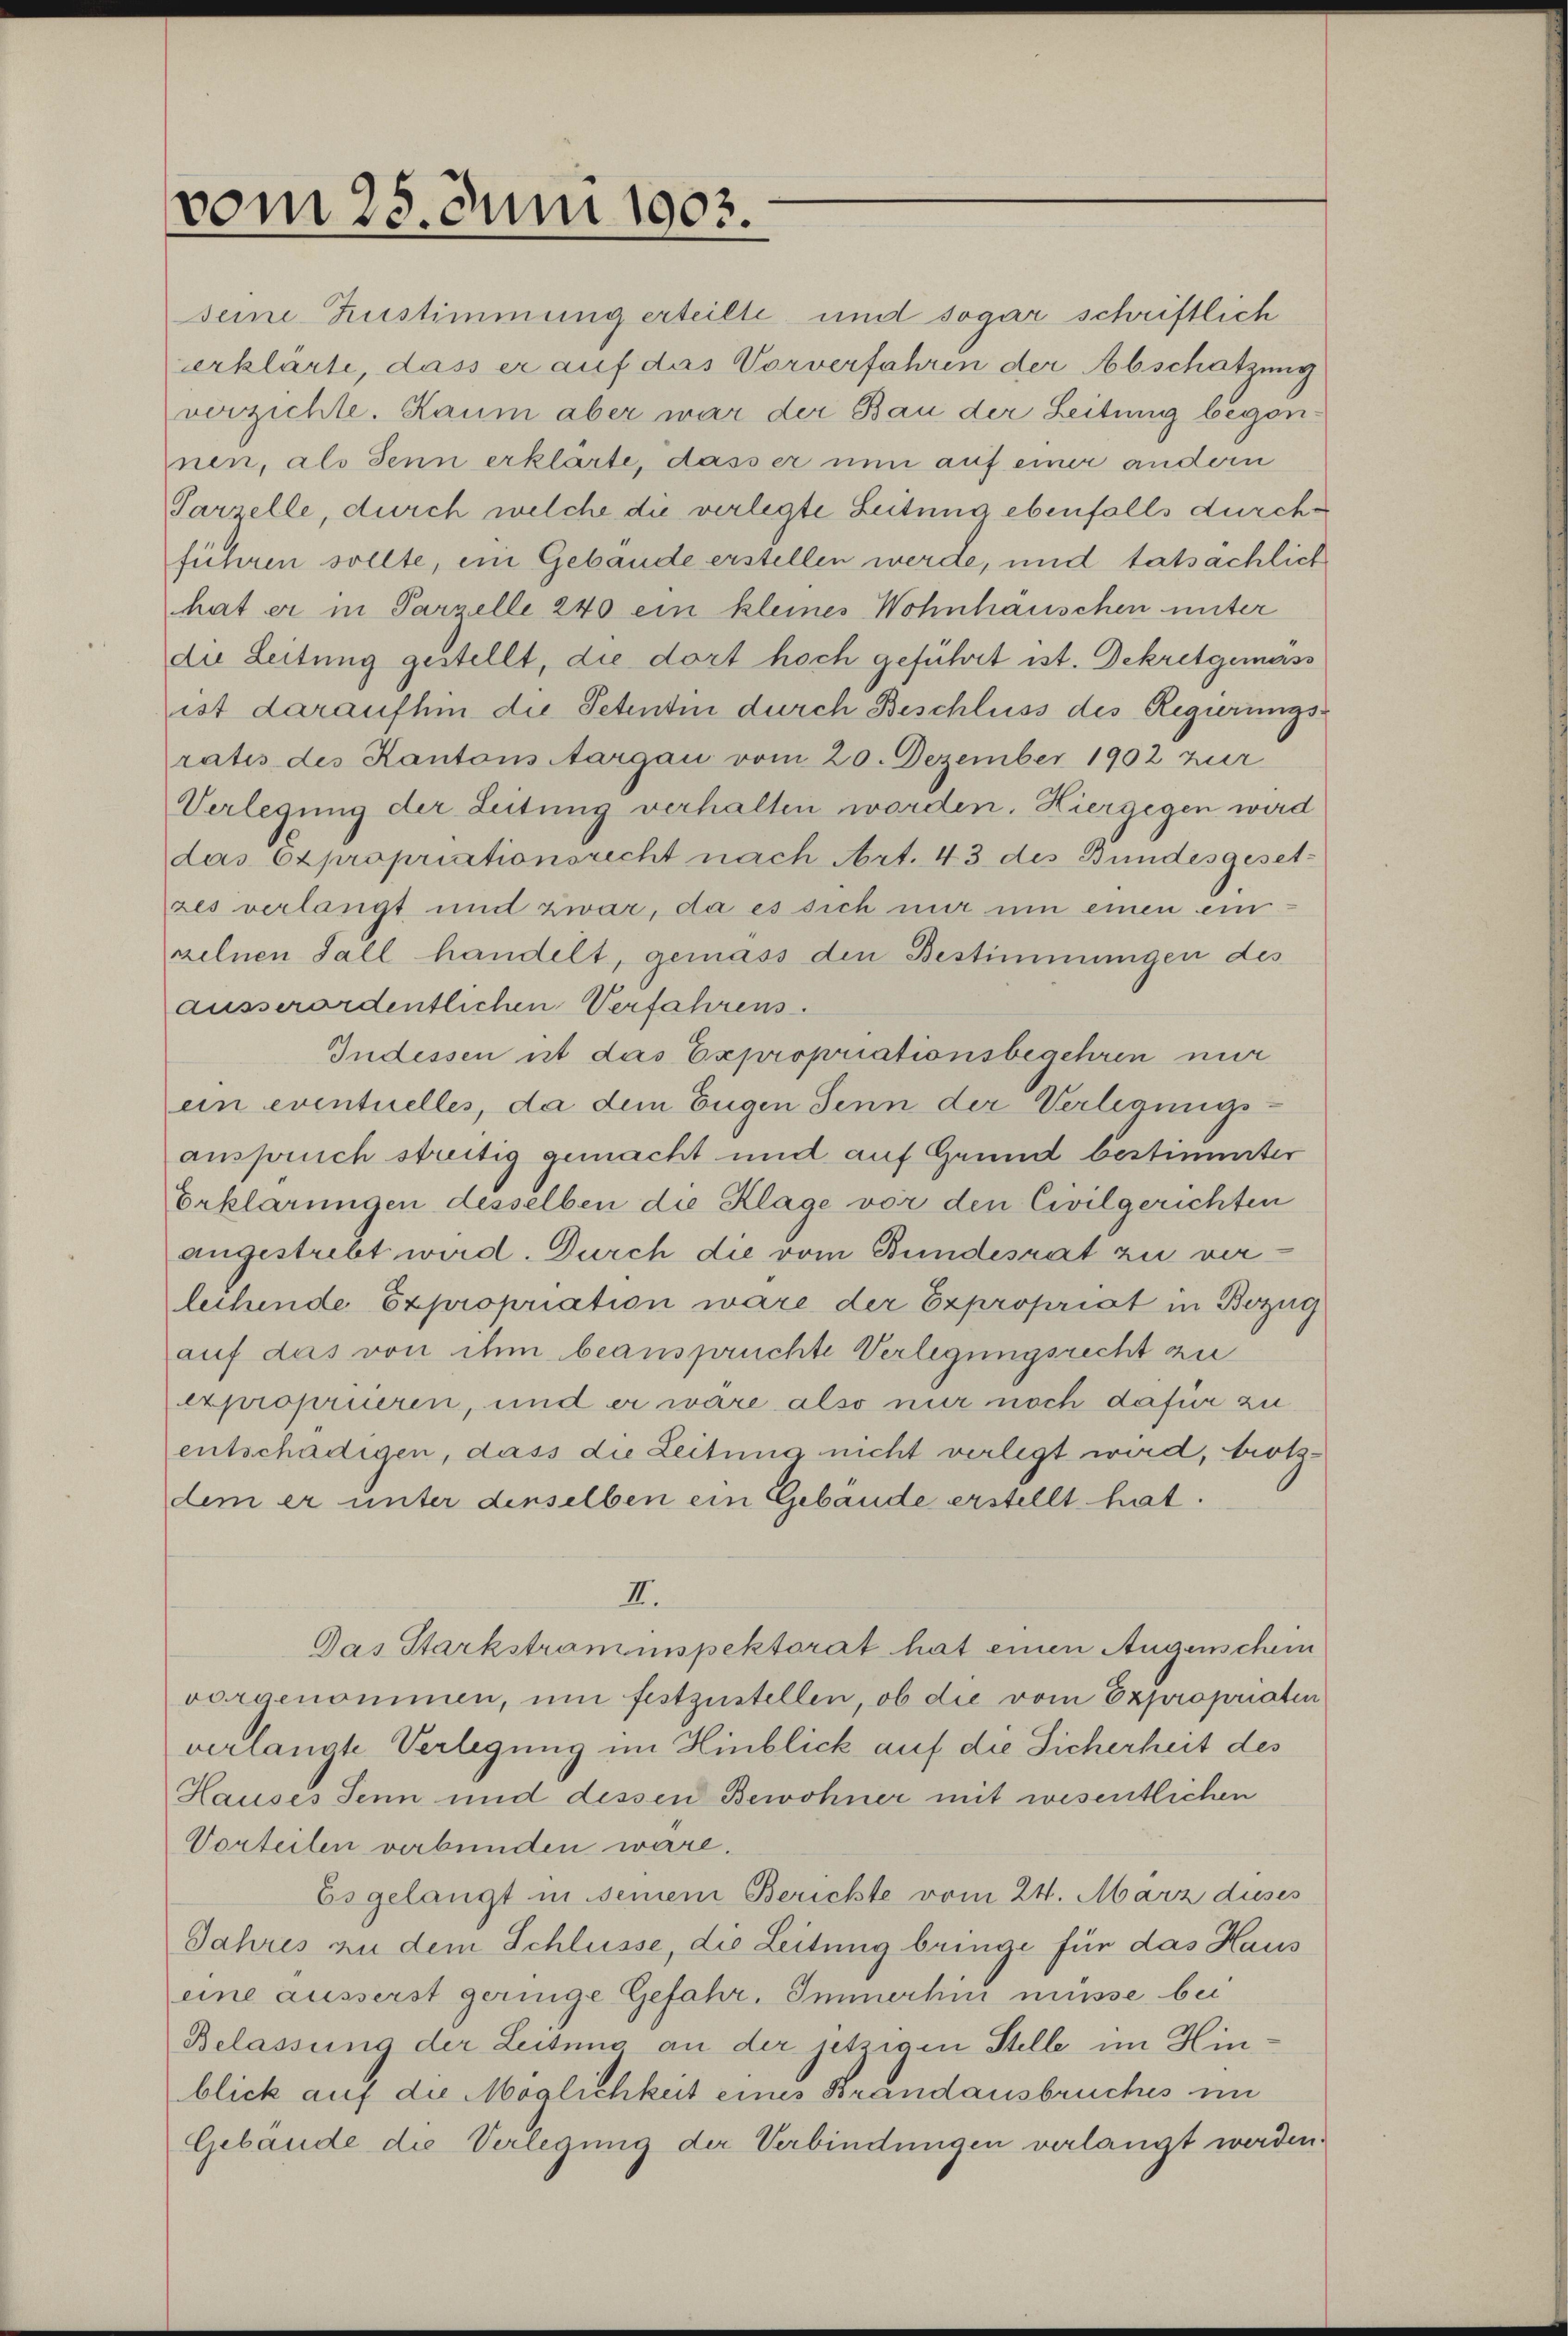
vom 25. Juni 1903.

seine Zustimmung erteilte und sogar schriftlich
erklärte, dass er auf das Vorverfahren der Abschatzung
verzichte. Kaum aber war der Bau der Leitung begonnen, als Senn erklärte, dass er nun auf einer andern
Parzelle, durch welche die verlegte Leitung ebenfalls durchführen sollte, ein Gebäude erstellen werde, und tatsächlich
hat er in Parzelle 240 ein kleines Wohnhäuschen unter
die Leitung gestellt, die dort hoch geführt ist. Dekretgemäss
ist daraufhin die Petentin durch Beschluss des Regierungsratis des Kantons Aargau vom 20. Dezember 1902 zur
Verlegung der Leitung verhalten worden. Hiergegen wird
das Expropriationsrecht nach Art. 43 des Bundesgesetzes verlangt und zwar, da es sich nur um einen ein-
zelnen Fall handelt, gemäss den Bestimmungen des
ausserordentlichen Verfahrens.
Indessen ist das Expropriationsbegehren nur
ein eventuelles, da dem Eugen Senn der Verlegungs-
anspruch streitig gemacht und auf Grund bestimmter
Erklärungen desselben die Klage vor den Civilgerichten
angestrebt wird. Durch die vom Bundesrat zu verlehende Expropriation wäre der Expropriat in Bezug
auf das von ihm beansprüchte Verlegungsrecht zu
expropriieren, und er wäre also nur noch dafür zu
entschädigen, dass die Leitung nicht verlegt wird, trotzdem er unter denselben ein Gebäude erstellt hat.
II.
Das Starkstraminspektorat hat einen Augenschein
vorgenommen, um festzustellen, ob die vom Expropriaten
verlangte Verlegung im Hinblick auf die Sicherheit des
Hauses Senn und dessen Bewohner mit wesentlichen
Vorteilen verbunden wäre.
Esgelangt in seinem Berichte vom 24. März duses
Jahres zu dem Schlüsse, die Leitung bringe für das Haus
eine äusserst geringe Gefahr. Immerhin müsse bei
Belassung der Leitens an der jetzigen Stelle im Hinblick auf die Möglichkeit eines Brandausbruches in
Gebäude die Verlegung der Verbindungen verlangt werden.